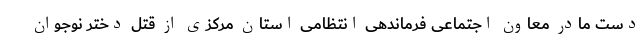
دست مادر معاون اجتماعی فرماندهی انتظامی استان مرکزی از قتل دختر نوجوان